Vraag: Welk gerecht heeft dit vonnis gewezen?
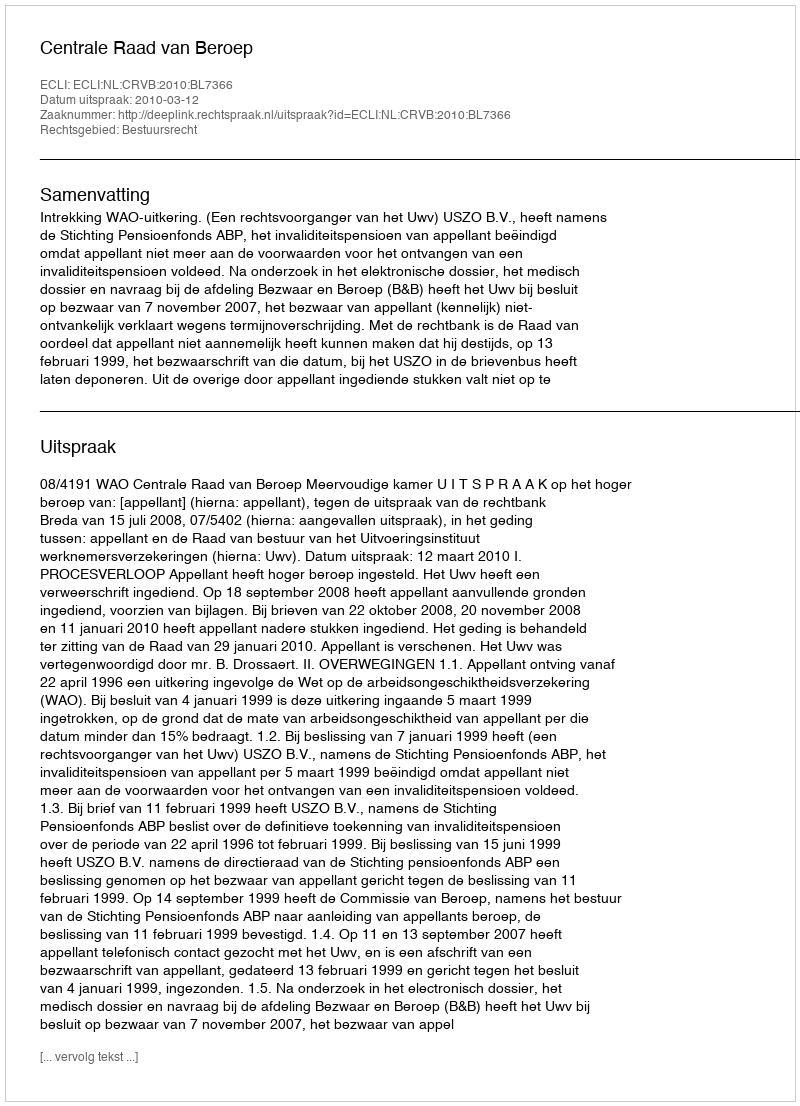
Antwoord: Centrale Raad van Beroep